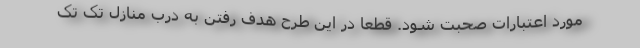
مورد اعتبارات صحبت شود. قطعا در این طرح هدف رفتن به درب منازل تک تک